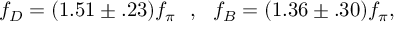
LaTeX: f _ { D } = ( 1 . 5 1 \pm . 2 3 ) f _ { \pi } \ \ , \ \ f _ { B } = ( 1 . 3 6 \pm . 3 0 ) f _ { \pi } ,